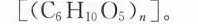
[(C_6H_10O_5)n].